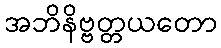
အဘိနိဗ္ဗတ္တယတော